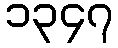
၁၃၄၇